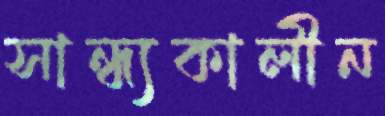
সান্ধ্যকালীন